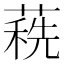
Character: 𦹞